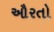
ઔરતો